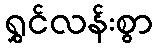
ရွှင်လန်းစွာ